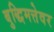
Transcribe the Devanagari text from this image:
बुद्धिमत्तेवर